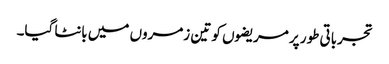
تجرباتی طور پر مریضوں کو تین زمروں میں بانٹا گیا۔